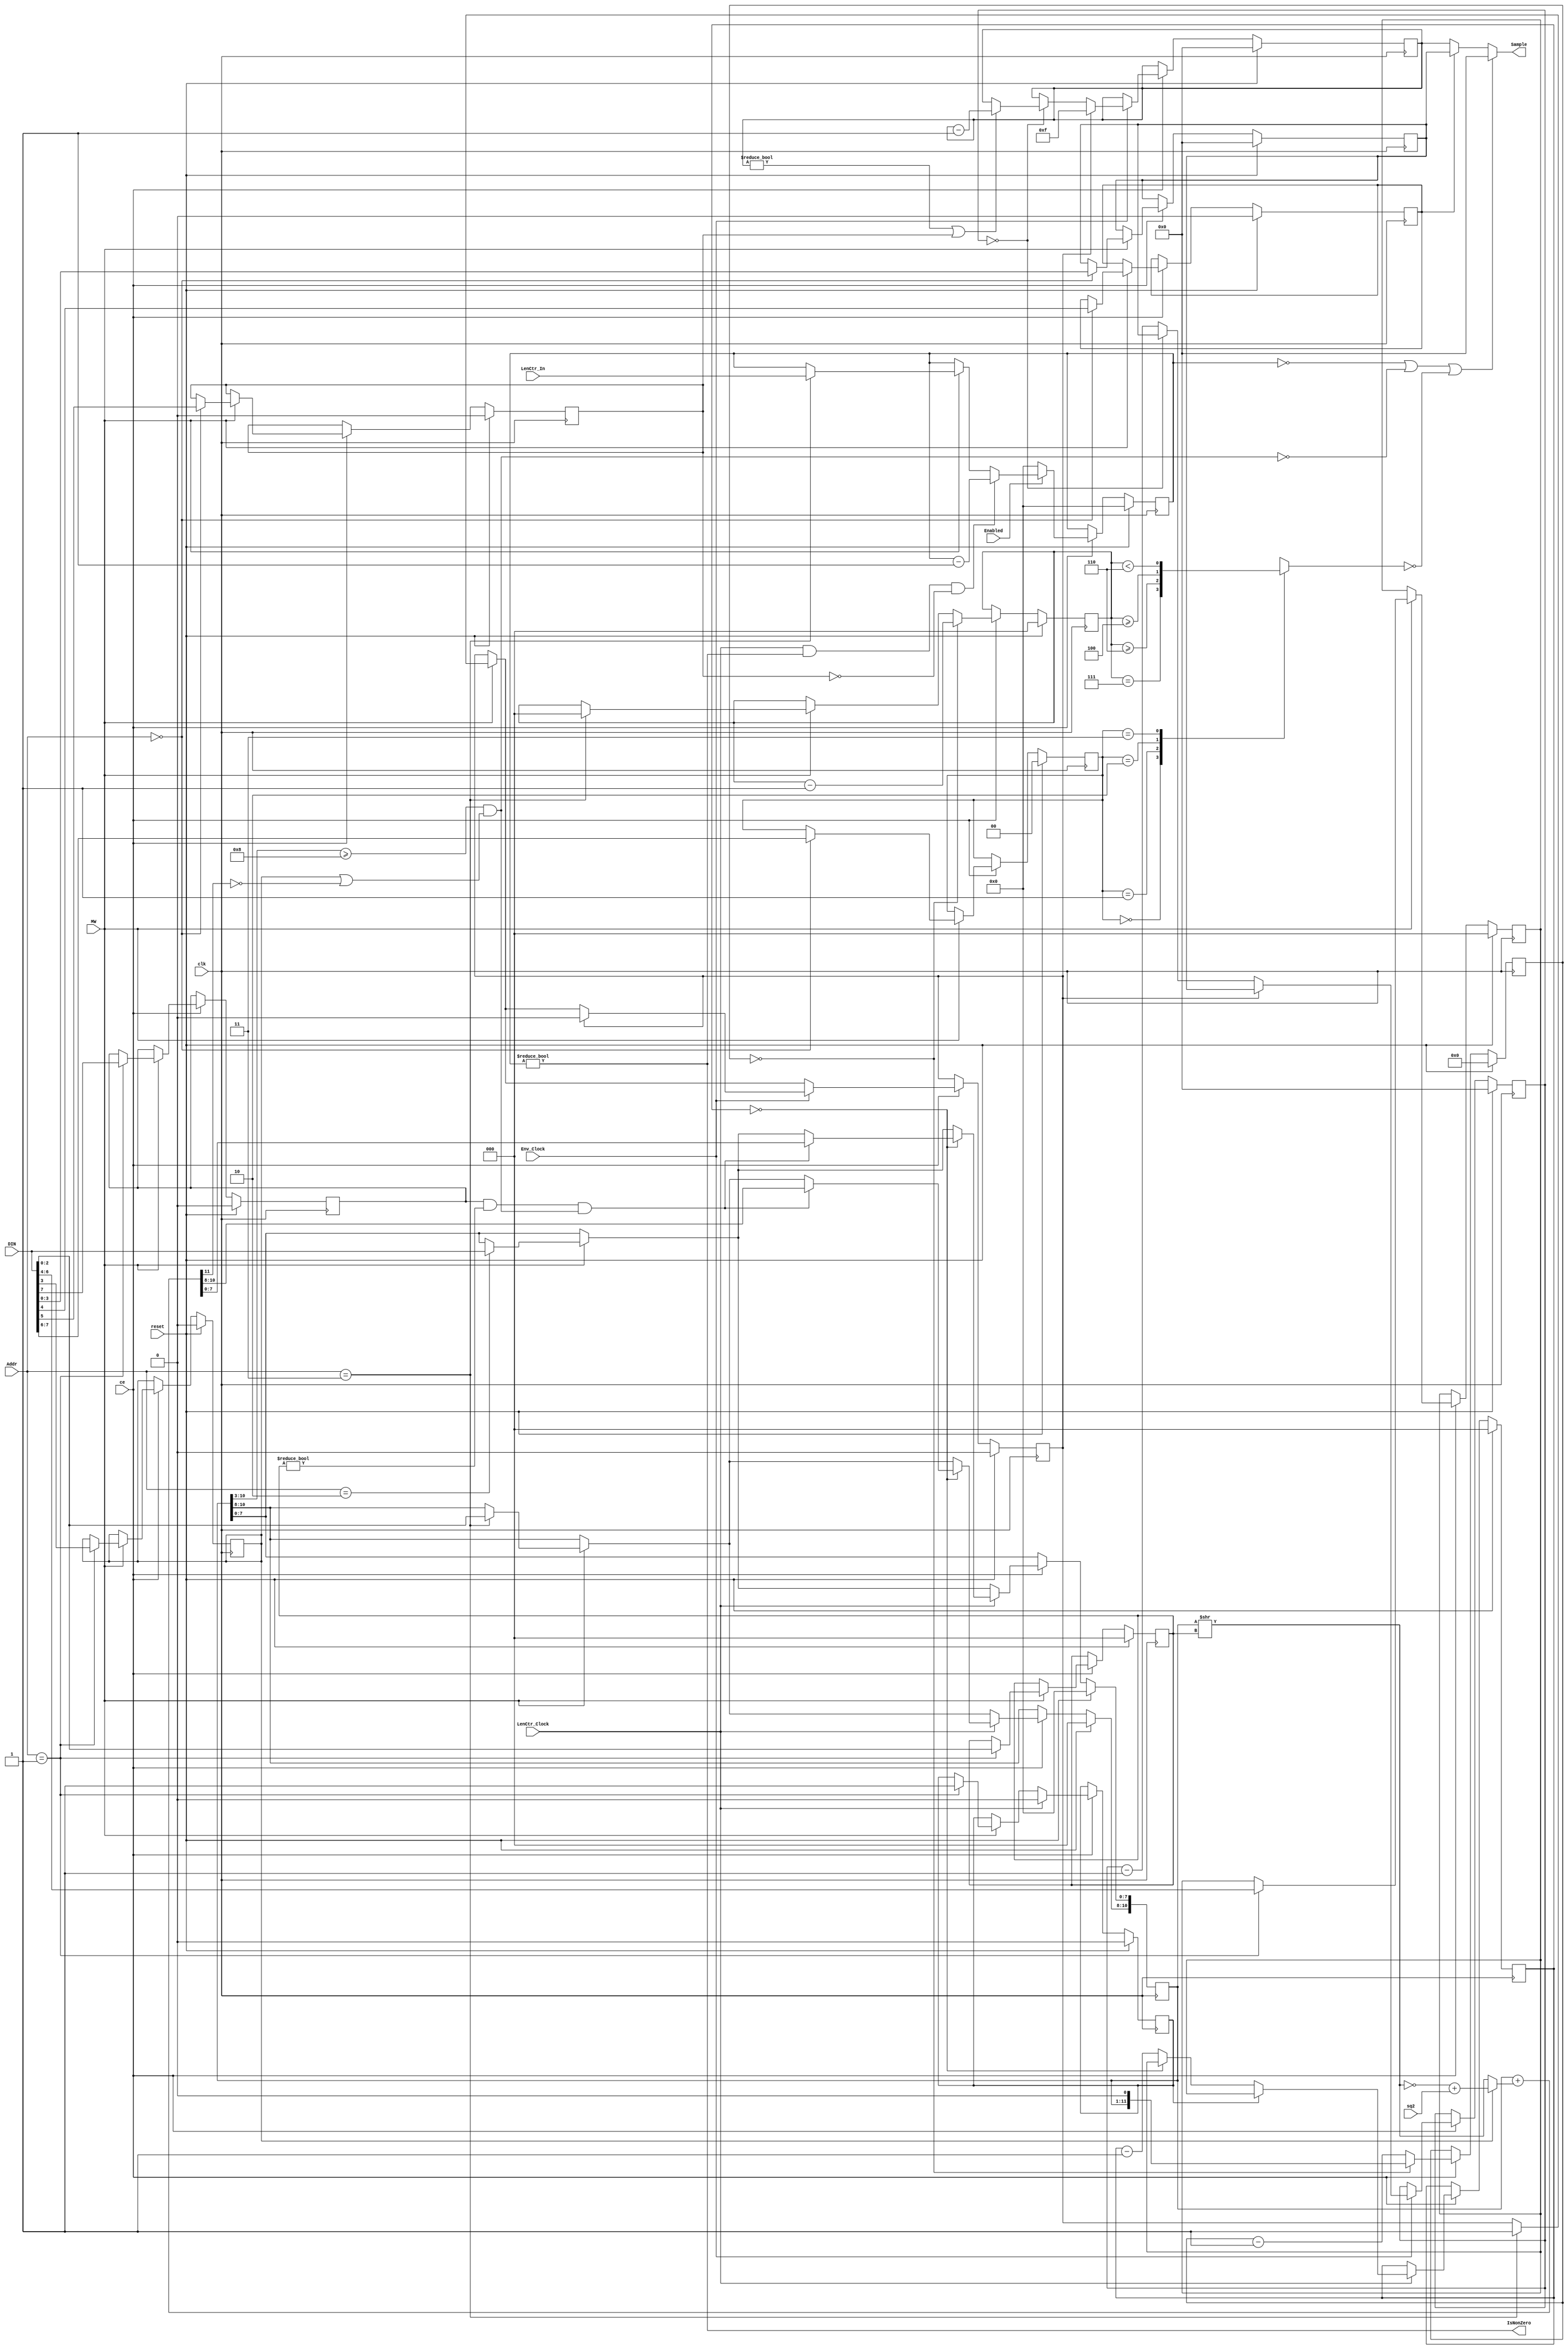
module SquareChan(input clk, input ce, input reset, input sq2,
                  input [1:0] Addr,
                  input [7:0] DIN,
                  input MW,
                  input LenCtr_Clock,
                  input Env_Clock,
                  input Enabled,
                  input [7:0] LenCtr_In,
                  output reg [3:0] Sample,
                  output IsNonZero);
reg [7:0] LenCtr;
reg [1:0] Duty;
reg EnvLoop, EnvDisable, EnvDoReset;
reg [3:0] Volume, Envelope, EnvDivider;
wire LenCtrHalt = EnvLoop; 
assign IsNonZero = (LenCtr != 0);
reg SweepEnable, SweepNegate, SweepReset;
reg [2:0] SweepPeriod, SweepDivider, SweepShift;
reg [10:0] Period;
reg [11:0] TimerCtr;
reg [2:0] SeqPos;
wire [10:0] ShiftedPeriod = (Period >> SweepShift);
wire [10:0] PeriodRhs = (SweepNegate ? (~ShiftedPeriod + {10'b0, sq2}) : ShiftedPeriod);
wire [11:0] NewSweepPeriod = Period + PeriodRhs;
wire ValidFreq = Period[10:3] >= 8 && (SweepNegate || !NewSweepPeriod[11]);
always @(posedge clk) if (reset) begin
    LenCtr <= 0;
    Duty <= 0;
    EnvDoReset <= 0;
    EnvLoop <= 0;
    EnvDisable <= 0;
    Volume <= 0;
    Envelope <= 0;
    EnvDivider <= 0;
    SweepEnable <= 0;
    SweepNegate <= 0;
    SweepReset <= 0;
    SweepPeriod <= 0;
    SweepDivider <= 0;
    SweepShift <= 0;
    Period <= 0;
    TimerCtr <= 0;
    SeqPos <= 0;
  end else if (ce) begin
  if (MW) begin
    case(Addr)
    0: begin
      Duty <= DIN[7:6];
      EnvLoop <= DIN[5];
      EnvDisable <= DIN[4];
      Volume <= DIN[3:0];
    end
    1: begin
      SweepEnable <= DIN[7];
      SweepPeriod <= DIN[6:4];
      SweepNegate <= DIN[3];
      SweepShift <= DIN[2:0];
      SweepReset <= 1;
    end
    2: begin
      Period[7:0] <= DIN;
    end
    3: begin
      Period[10:8] <= DIN[2:0];
      LenCtr <= LenCtr_In;
      EnvDoReset <= 1;
      SeqPos <= 0;
    end
    endcase
  end
  if (TimerCtr == 0) begin
    TimerCtr <= {Period, 1'b0};
    SeqPos <= SeqPos - 1;
  end else begin
    TimerCtr <= TimerCtr - 1;
  end
  if (LenCtr_Clock && LenCtr != 0 && !LenCtrHalt) begin
    LenCtr <= LenCtr - 1;
  end
  if (LenCtr_Clock) begin
    if (SweepDivider == 0) begin
      SweepDivider <= SweepPeriod;
      if (SweepEnable && SweepShift != 0 && ValidFreq)
        Period <= NewSweepPeriod[10:0];
    end else begin
      SweepDivider <= SweepDivider - 1;
    end
    if (SweepReset)
      SweepDivider <= SweepPeriod;
    SweepReset <= 0;
  end
  if (Env_Clock) begin
    if (EnvDoReset) begin
      EnvDivider <= Volume;
      Envelope <= 15;
      EnvDoReset <= 0;
    end else if (EnvDivider == 0) begin
      EnvDivider <= Volume;
      if (Envelope != 0 || EnvLoop)
        Envelope <= Envelope - 1;
    end else begin
      EnvDivider <= EnvDivider - 1;
    end
  end
  if (!Enabled)
    LenCtr <= 0;
end
reg DutyEnabled;
always @* begin
  case (Duty)
  0: DutyEnabled = (SeqPos == 7);
  1: DutyEnabled = (SeqPos >= 6);
  2: DutyEnabled = (SeqPos >= 4);
  3: DutyEnabled = (SeqPos < 6);
  endcase
  if (LenCtr == 0 || !ValidFreq || !DutyEnabled)
    Sample = 0;
  else
    Sample = EnvDisable ? Volume : Envelope;
end
endmodule